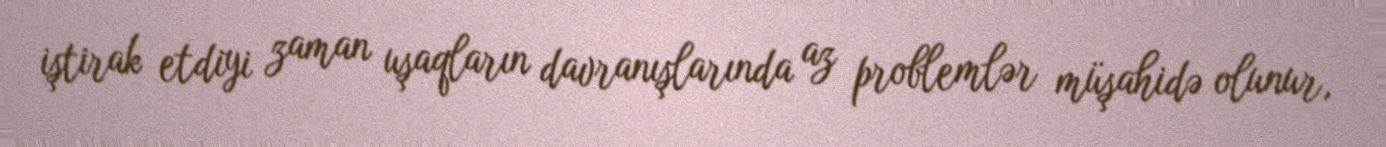
iştirak etdiyi zaman uşaqların davranışlarında az problemlər müşahidə olunur,